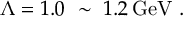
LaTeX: \Lambda = 1 . 0 \ \sim \ 1 . 2 \, \mathrm { G e V } \ .